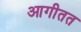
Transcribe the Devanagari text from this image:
आगीतत